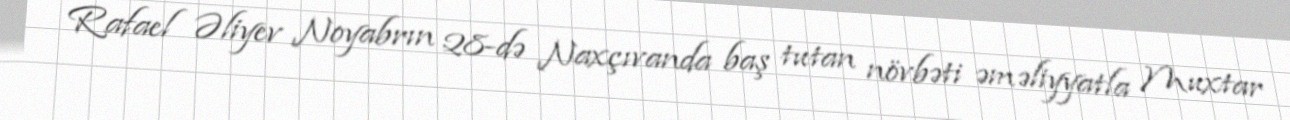
Rafael Əliyev Noyabrın 28-də Naxçıvanda baş tutan növbəti əməliyyatla Muxtar